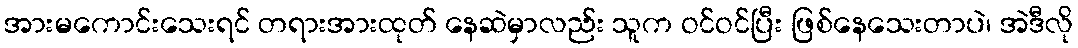
အားမကောင်းသေးရင် တရားအားထုတ် နေဆဲမှာလည်း သူက ဝင်ဝင်ပြီး ဖြစ်နေသေးတာပဲ၊ အဲဒီလို